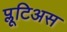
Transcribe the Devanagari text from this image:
प्लूटिअस